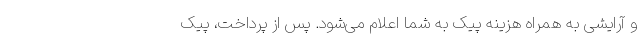
و آرایشی به همراه هزینه پیک به شما اعلام می‌شود. پس از پرداخت، پیک